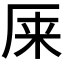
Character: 𰆙